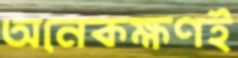
অনেকক্ষণই